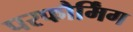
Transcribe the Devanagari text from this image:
परफौर्मिंग